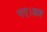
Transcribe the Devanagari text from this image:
गए।अब